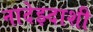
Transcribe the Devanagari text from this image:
नादेझ्दाशी